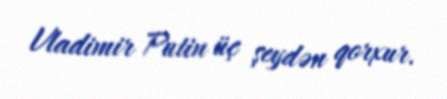
Vladimir Putin üç şeydən qorxur.